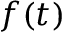
f ( t )